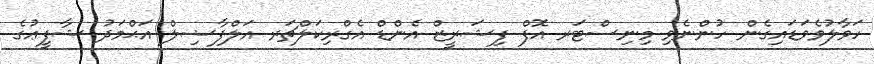
ހަވާލުވެވަޑައިގެން ހުންނެވި މިނިސްޓަރ އޮފް ފިޝަރީޒް އެންޑް އެގްރިކަލްޗަރ އަލްފާޟިލް އަޙްމަދު ޝާފީޢުގެ